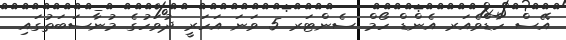
އޭސް ހާޑްވެއަރ އެންޑް ހޯމް ސެންޓަރ 5 ވަނަ އަހަރީ ދުވަހުގެ މުނާސަބަތުގައި